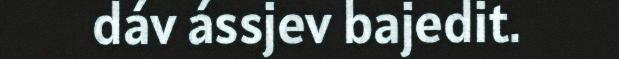
dáv ássjev bajedit.